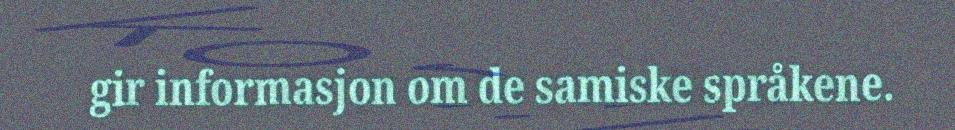
gir informasjon om de samiske språkene.